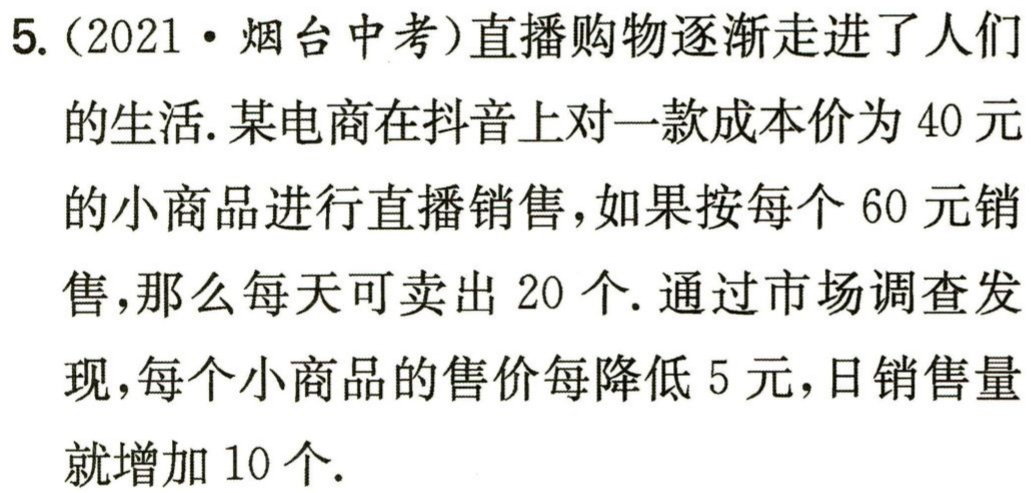
5.（2021·烟台中考）直播购物逐渐走进了人们的生活. 某电商在抖音上对一款成本价为40元的小商品进行直播销售，如果按每个60元销售，那么每天可卖出20个. 通过市场调查发现，每个小商品的售价每降低5元，日销售量就增加10个.